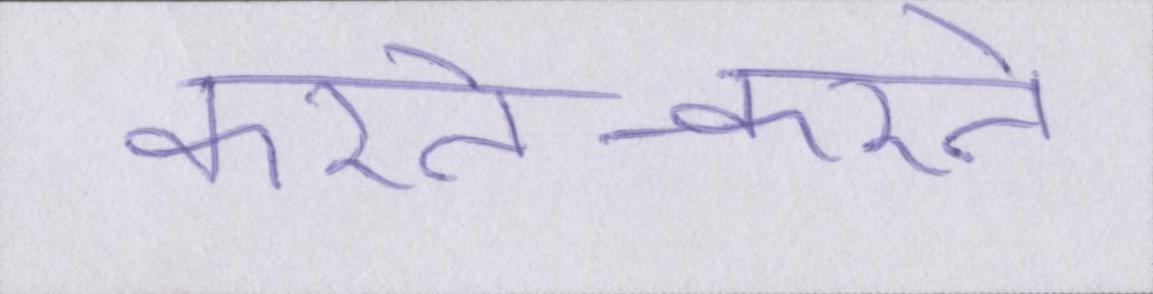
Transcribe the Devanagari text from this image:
करते-करते